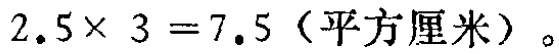
\(2.5\times 3 = 7.5\)（平方厘米）。